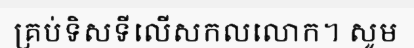
គ្រប់ទិសទីលើសកលលោក។ សូម